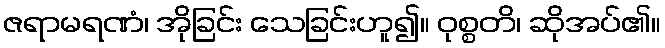
ဇရာမရဏံ၊ အိုခြင်း သေခြင်းဟူ၍။ ဝုစ္စတိ၊ ဆိုအပ်၏။